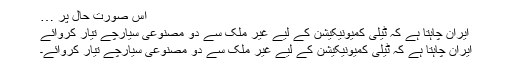
اس صورت حال پر …
ایران چاہتا ہے کہ ٹیلی کمیونیکیشن کے لیے غیر ملک سے دو مصنوعی سیارچے تیار کروائے
ایران چاہتا ہے کہ ٹیلی کمیونیکیشن کے لیے غیر ملک سے دو مصنوعی سیارچے تیار کروائے۔